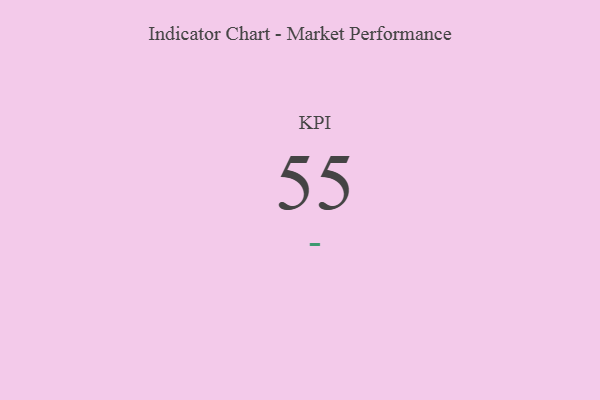
{"axis": {"x": "KPI", "y": "Value"}, "legend": [""], "data": [{"x": "KPI", "y": 55, "type": ""}]}